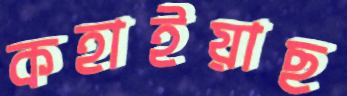
কহাইয়াছ